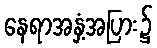
နေရာအနှံ့အပြား၌